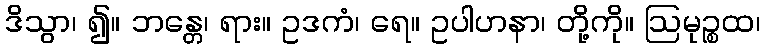
ဒိသွာ၊ ၍။ ဘန္တေ၊ ရား။ ဥဒကံ၊ ရေ။ ဥပါဟနာ၊ တို့ကို။ ဩမုဉ္စထ၊